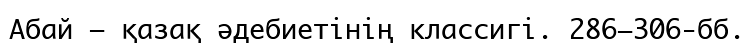
Абай – қазақ әдебиетінің классигі. 286−306-бб.